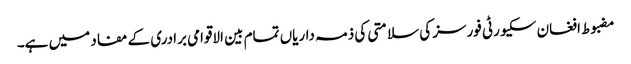
مضبوط افغان سکیورٹی فورسز کی سلامتی کی ذمہ داریاں تمام بین الاقوامی برادری کے مفاد میں ہے۔